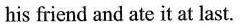
his friend and ate it at last.